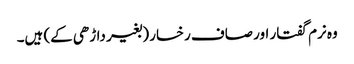
وہ نرم گفتار اور صاف رخسار (بغیر داڑھی کے) ہیں۔